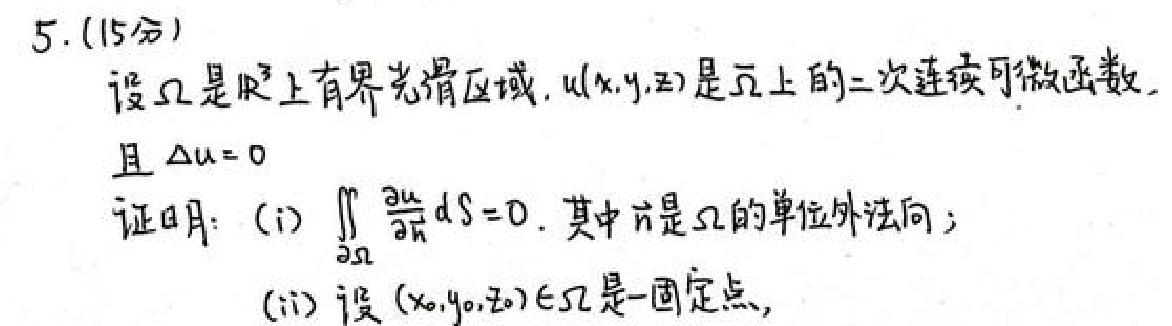
5. (15分)
设$\Omega$是$\mathbb{R}^3$上有界光滑区域，$u(x,y,z)$是$\overline{\Omega}$上的二次连续可微函数，
且$\Delta u = 0$
证明：(i)$\iint_{\partial\Omega}\frac{\partial u}{\partial n}dS = 0$, 其中$\vec{n}$是$\Omega$的单位外法向；
(ii) 设$(x_0,y_0,z_0)\in\Omega$是一固定点，